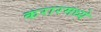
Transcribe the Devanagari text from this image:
करारमध्ये